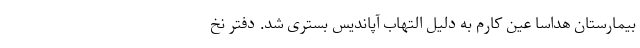
بیمارستان هداسا عین کارم به دلیل التهاب آپاندیس بستری شد. دفتر نخ